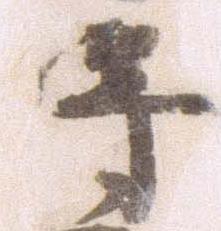
将